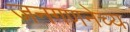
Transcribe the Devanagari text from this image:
जनगणनेच्य